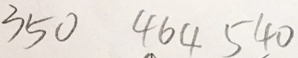
3 5 0 4 6 4 5 4 0